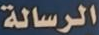
الرسالة